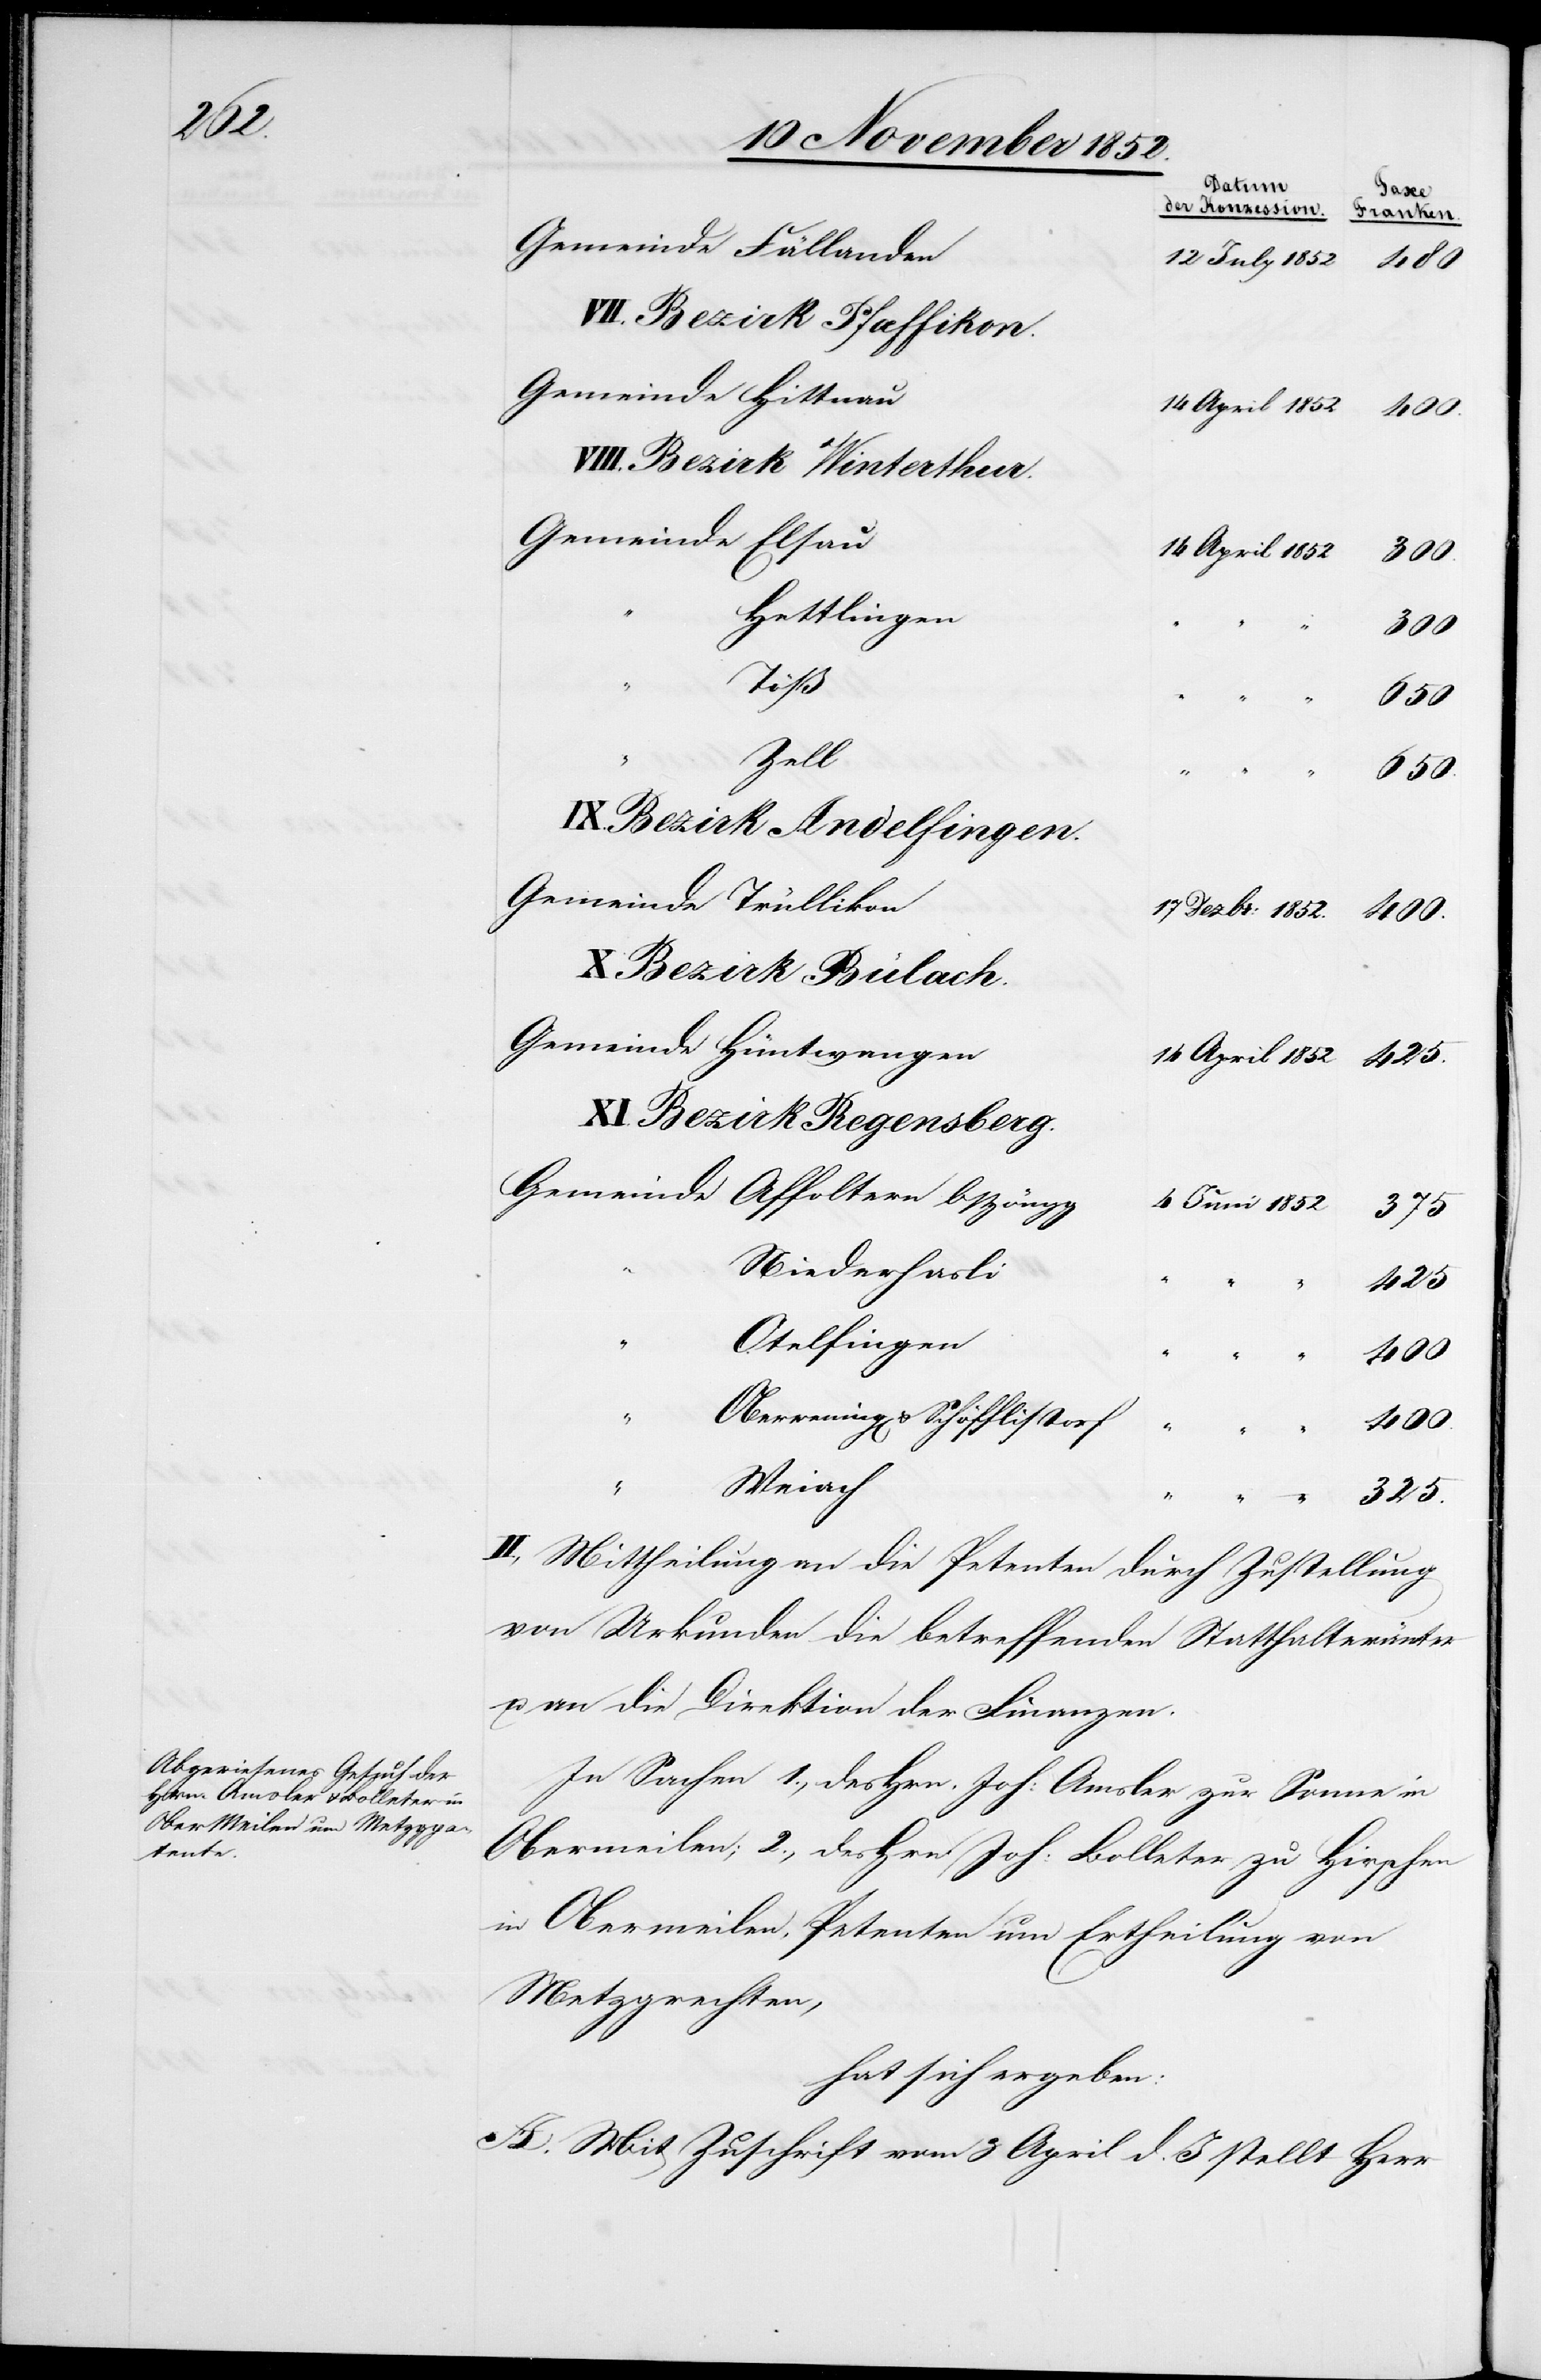
Gemeinde Fällanden
480
VII. Bezirk Pfaffikon
Gemeinde Hittnau
425.
VIII. Bezirk Winterthur.
Gemeinde Elsau
300.
Hettlingen
300
1852
Zell
650.
IX. Bezirk Andelfingen.
Gemeinde Trüllikon
X Bezirk Bülach.
Gemeinde Hüntwangen
XI. Bezirk Regensberg.
Gemeinde Affoltern b/Höngg
375
Niederhasli
425
Otelfingen
400
Oberwening[en] & Schöfflistorf
“
400.
“
Weiach
“
325.
II., Mittheilung an die Petenten durch Zustellung
von Urkunden[,] die betreffenden Statthalterämter
u. an die Direktion der Finanzen.
In Sachen 1., des Hrn. Joh: Amsler zur Sonne in
Obermeilen; 2., des Hrn. Joh: Bolleter zu[m] Hirschen
in Obermeilen, Petenten um Ertheilung von
Metzgrechten,
hat sich ergeben:
A. Mit Zuschrift vom 3 April d. J. stellt Herr